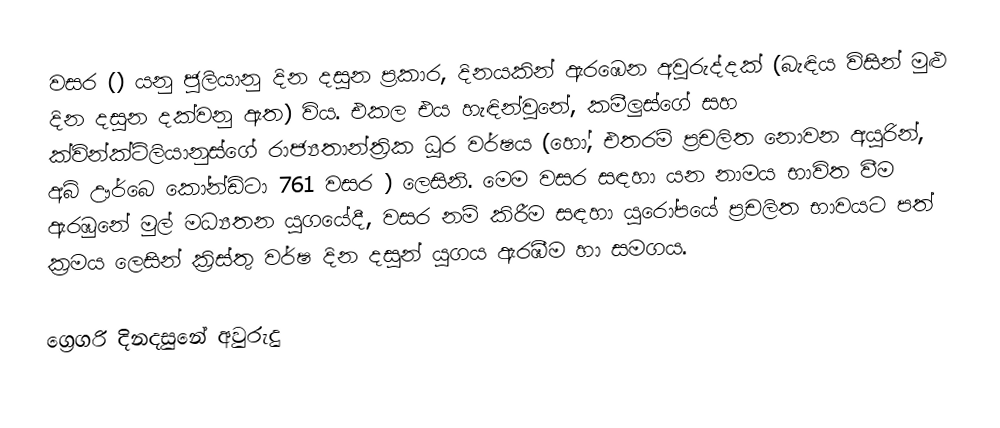

වසර   () යනු  ජූලියානු දින දසුන ප්‍රකාර,    දිනයකින් ඇරඹෙන  අවුරුද්දක්   (බැඳිය විසින් මුළු දින දසුන දක්වනු ඇත)  විය. එකල එය හැඳින්වුනේ, කමීලුස්ගේ සහ  ක්වින්ක්ටිලියානුස්ගේ  රාජ්‍යතාන්ත්‍රික  ධූර වර්ෂය  (හෝ, එතරම් ප්‍රචලිත නොවන අයුරින්,  අබ් ඌර්බෙ කෝන්ඩිටා 	761	  වසර  ) ලෙසිනි. මෙම වසර සඳහා   යන නාමය භාවිත වීම ඇරඹුනේ මුල් මධ්‍යතන යුගයේදී, වසර නම් කිරීම සඳහා යුරෝපයේ ප්‍රචලිත භාවයට පත් ක්‍රමය ලෙසින් ක්‍රිස්තු වර්ෂ දින දසුන් යුගය ඇරඹීම හා සමගය.

ග්‍රෙගරි දිනදසුනේ අවුරුදු